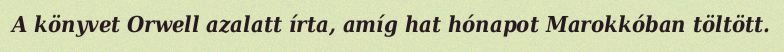
A könyvet Orwell azalatt írta, amíg hat hónapot Marokkóban töltött.